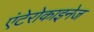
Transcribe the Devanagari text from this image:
एंटेरोकाइनेज